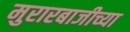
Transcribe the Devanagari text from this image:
मुरारबाजीच्या